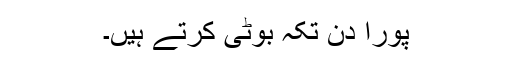
پورا دن تکہ بُوٹی کرتے ہیں۔